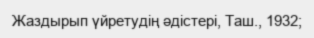
Жаздырып үйретудің әдістері, Таш., 1932;